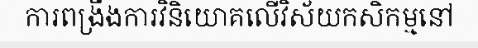
ការពង្រឹងការវិនិយោគលើវិស័យកសិកម្មនៅ